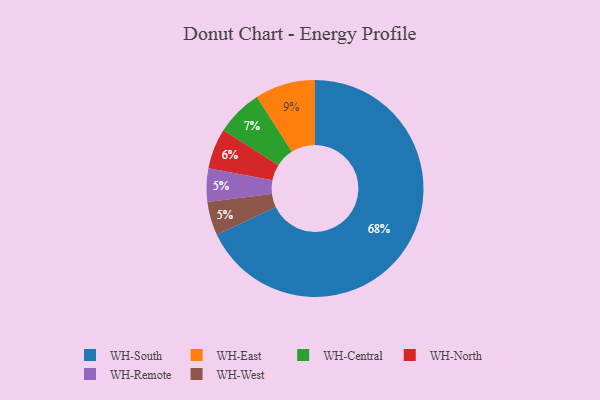
{"axis": {"x": "Category", "y": "Percentage"}, "legend": ["WH-Central", "WH-East", "WH-North", "WH-Remote", "WH-South", "WH-West"], "data": [{"x": "WH-Central", "y": 7, "type": "WH-Central"}, {"x": "WH-East", "y": 9, "type": "WH-East"}, {"x": "WH-North", "y": 6, "type": "WH-North"}, {"x": "WH-South", "y": 68, "type": "WH-South"}, {"x": "WH-Remote", "y": 5, "type": "WH-Remote"}, {"x": "WH-West", "y": 5, "type": "WH-West"}]}